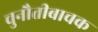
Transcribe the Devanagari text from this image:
चुनौतीबाचक